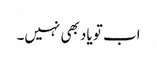
اب تو یاد بھی نہیں۔